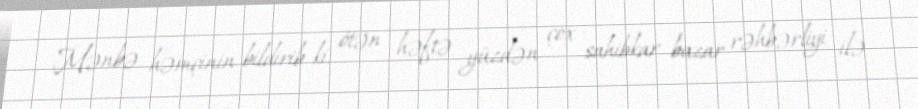
Mənbə həmçinin bildirib ki, ötən həftə yüzdən çox sahibkar bazar rəhbərliyi ilə